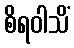
စိရဝါသိံ